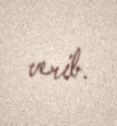
verib.